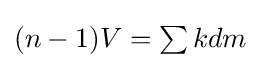
{\textstyle (n-1)V=\sum kdm}